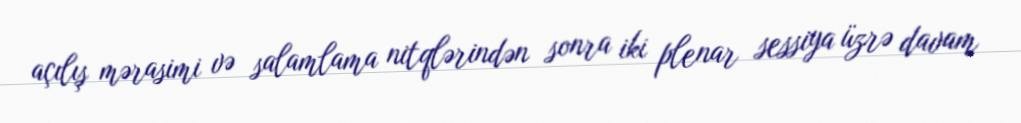
açılış mərasimi və salamlama nitqlərindən sonra iki plenar sessiya üzrə davam